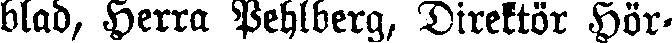
blad, Herra Pehlberg, Direktör Hör-